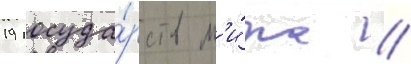
19 госуда́рств м'и́ра //